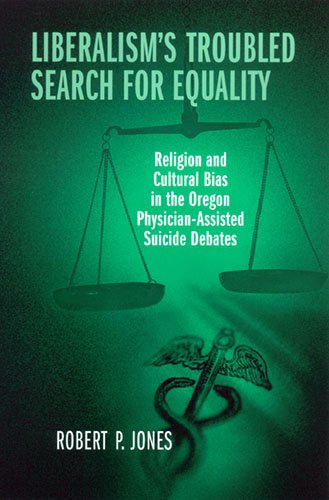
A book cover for Liberalism's Troubled Search for Equality: Religion and Cultural Bias in the Oregon Physician-Assisted Suicide Debates; Robert P. Jones; Law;